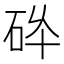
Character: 𱳸